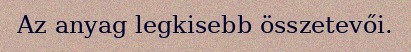
Az anyag legkisebb összetevői.